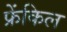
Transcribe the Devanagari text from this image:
फ्रेंकिल